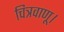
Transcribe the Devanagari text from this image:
चित्रवाणू।